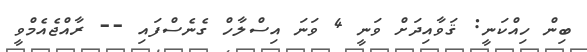
ބިން ހިއްކަނީ: ޤަވާއިދަށް ވަނީ 4 ވަނަ އިސްލާހް ގެނެސްފައި -- ރާއްޖެއެމްވީ